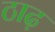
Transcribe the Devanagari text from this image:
ठाढ़